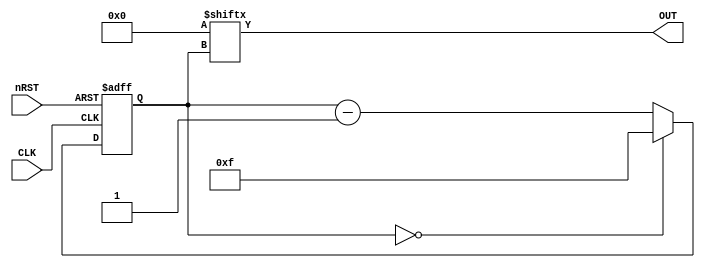
module GP_PGEN(input wire nRST, input wire CLK, output reg OUT);
	initial OUT = 0;
	parameter PATTERN_DATA = 16'h0;
	parameter PATTERN_LEN = 5'd16;
	localparam COUNT_MAX =  PATTERN_LEN - 1'h1;
	reg[3:0] count = 0;
	always @(posedge CLK, negedge nRST) begin
		if(!nRST)
			count	<= 0;
		else begin
			count	<= count - 1'h1;
			if(count == 0)
				count <= COUNT_MAX;
		end
	end
	always @(*)
		OUT	= PATTERN_DATA[count];
endmodule